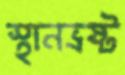
স্থানভ্রষ্ট